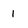
Character: 1